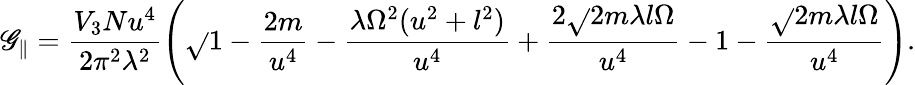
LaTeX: \mathscr{G}_{\parallel}=\frac{{V_{3}Nu^{4}}}{{2\pi^{2}\lambda^{2}}}\left(\sqrt{}{{1-\frac{{2m}}{{u^{4}}}-\frac{{\lambda\Omega^{2}(u^{2}+l^{2})}}{{u^{4}}}+\frac{{2\sqrt{}{{2m\lambda}}l\Omega}}{{u^{4}}}}}-1-\frac{{\sqrt{}{{2m\lambda}}l\Omega}}{{u^{4}}}\right).